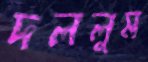
দললুম